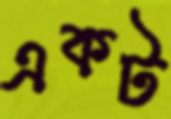
একট